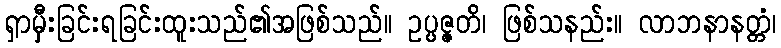
ရှာမှီှးခြင်းရခြင်းထူးသည်၏အဖြစ်သည်။ ဥပ္ပဇ္ဇတိ၊ ဖြစ်သနည်း။ လာဘနာနတ္တံ၊